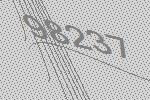
98237